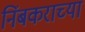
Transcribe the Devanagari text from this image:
निंबकराच्या